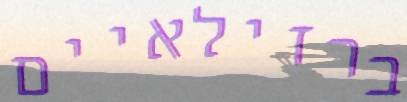
ברזילאיים